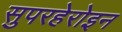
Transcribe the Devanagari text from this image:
सुपरहेरोइन